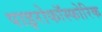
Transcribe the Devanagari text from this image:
पाइरोफॉस्फोरिक